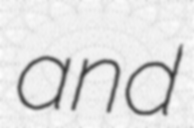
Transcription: and